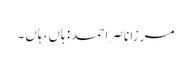
مرزا ناصر احمد: ہاں، ہاں۔